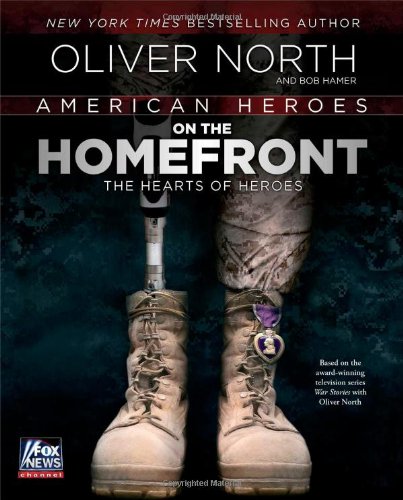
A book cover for American Heroes: On the Homefront; Oliver North; Arts & Photography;